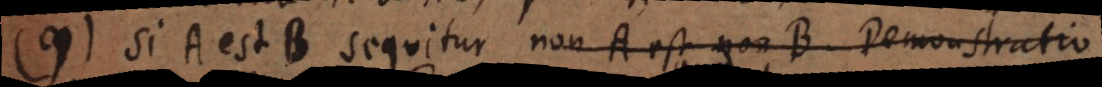
9) Si A est B sequitur non A est non B. Demonstratio: